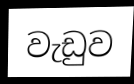
වැඩුව